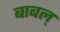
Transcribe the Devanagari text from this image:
बाबल्